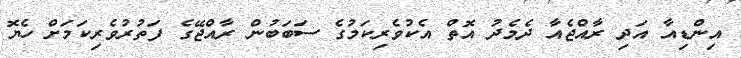
އިންޑިއާ އަދި ރާއްޖެއާ ދެމެދު އޮތް އެކުވެރިކަމުގެ ސަބަބުން ރާއްޖޭގެ ފަތުރުވެރިކަމަށް ހެޔޮ